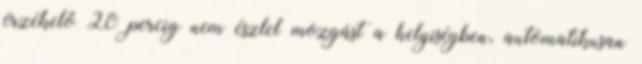
érzékelő 20 percig nem észlel mozgást a helyiségben, automatikusan